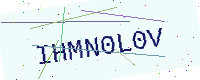
Text: IHMN0L0V